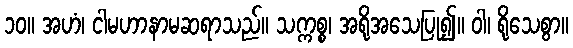
၁၀။ အဟံ၊ ငါမဟာနာမဆရာသည်။ သက္ကစ္စ၊ အရိုအသေပြု၍။ ဝါ၊ ရိုသေစွာ။